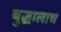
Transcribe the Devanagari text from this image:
युद्धालाच